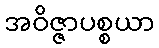
အဝိဇ္ဇာပစ္စယာ